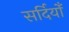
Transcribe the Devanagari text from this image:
सर्दियोँ